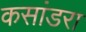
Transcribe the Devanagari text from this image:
कसांडरा